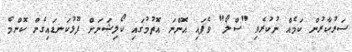
ސަރުކާރުން ކަމެއް ނުކުރެވި "ސްލޯ" ވެފައި އޮންނަ އޮތުމުގައި ކޯލިޝަނަށް ފޫޅުކަނޑައިގެން ކޮންމެ